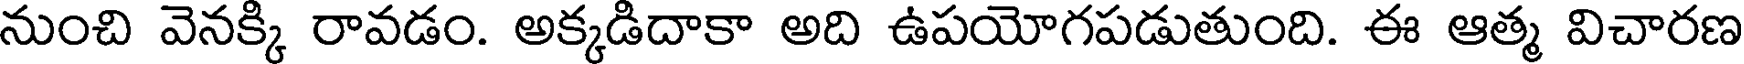
నుంచి వెనక్కి రావడం. అక్కడిదాకా అది ఉపయోగపడుతుంది. ఈ ఆత్మ విచారణ